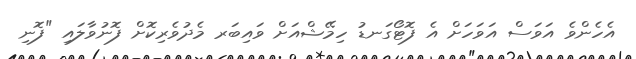
އެހެންވެ އަވަސް އަވަހަށް އެ ފޮޓޯގަނޑު ހިމޭޝްއަށް ވައިބަރ މެދުވެރިކޮށް ފޮނުވާލައި "ފޮނި